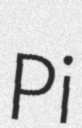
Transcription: Pi